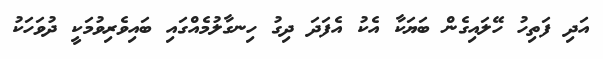
އަދި ފަތިހު ހޭލައިގެން ބަޔަކާ އެކު އެފަދަ ދިގު ހިނގާލުމެއްގައި ބައިވެރިވުމަކީ ދުވަހަކު